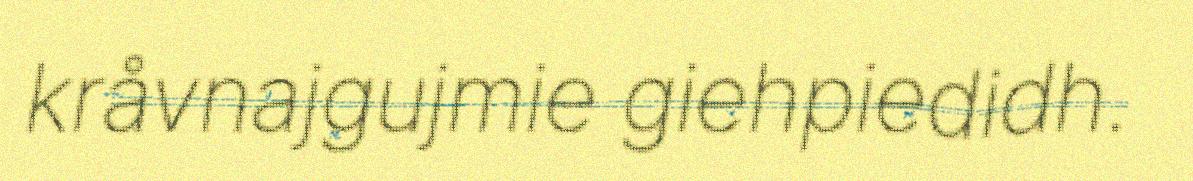
kråvnajgujmie giehpiedidh.